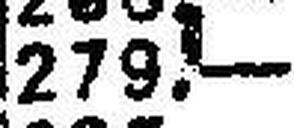
279.—